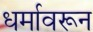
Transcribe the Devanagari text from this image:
धर्मावरून